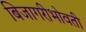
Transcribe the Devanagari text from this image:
बिजागरीभोवती